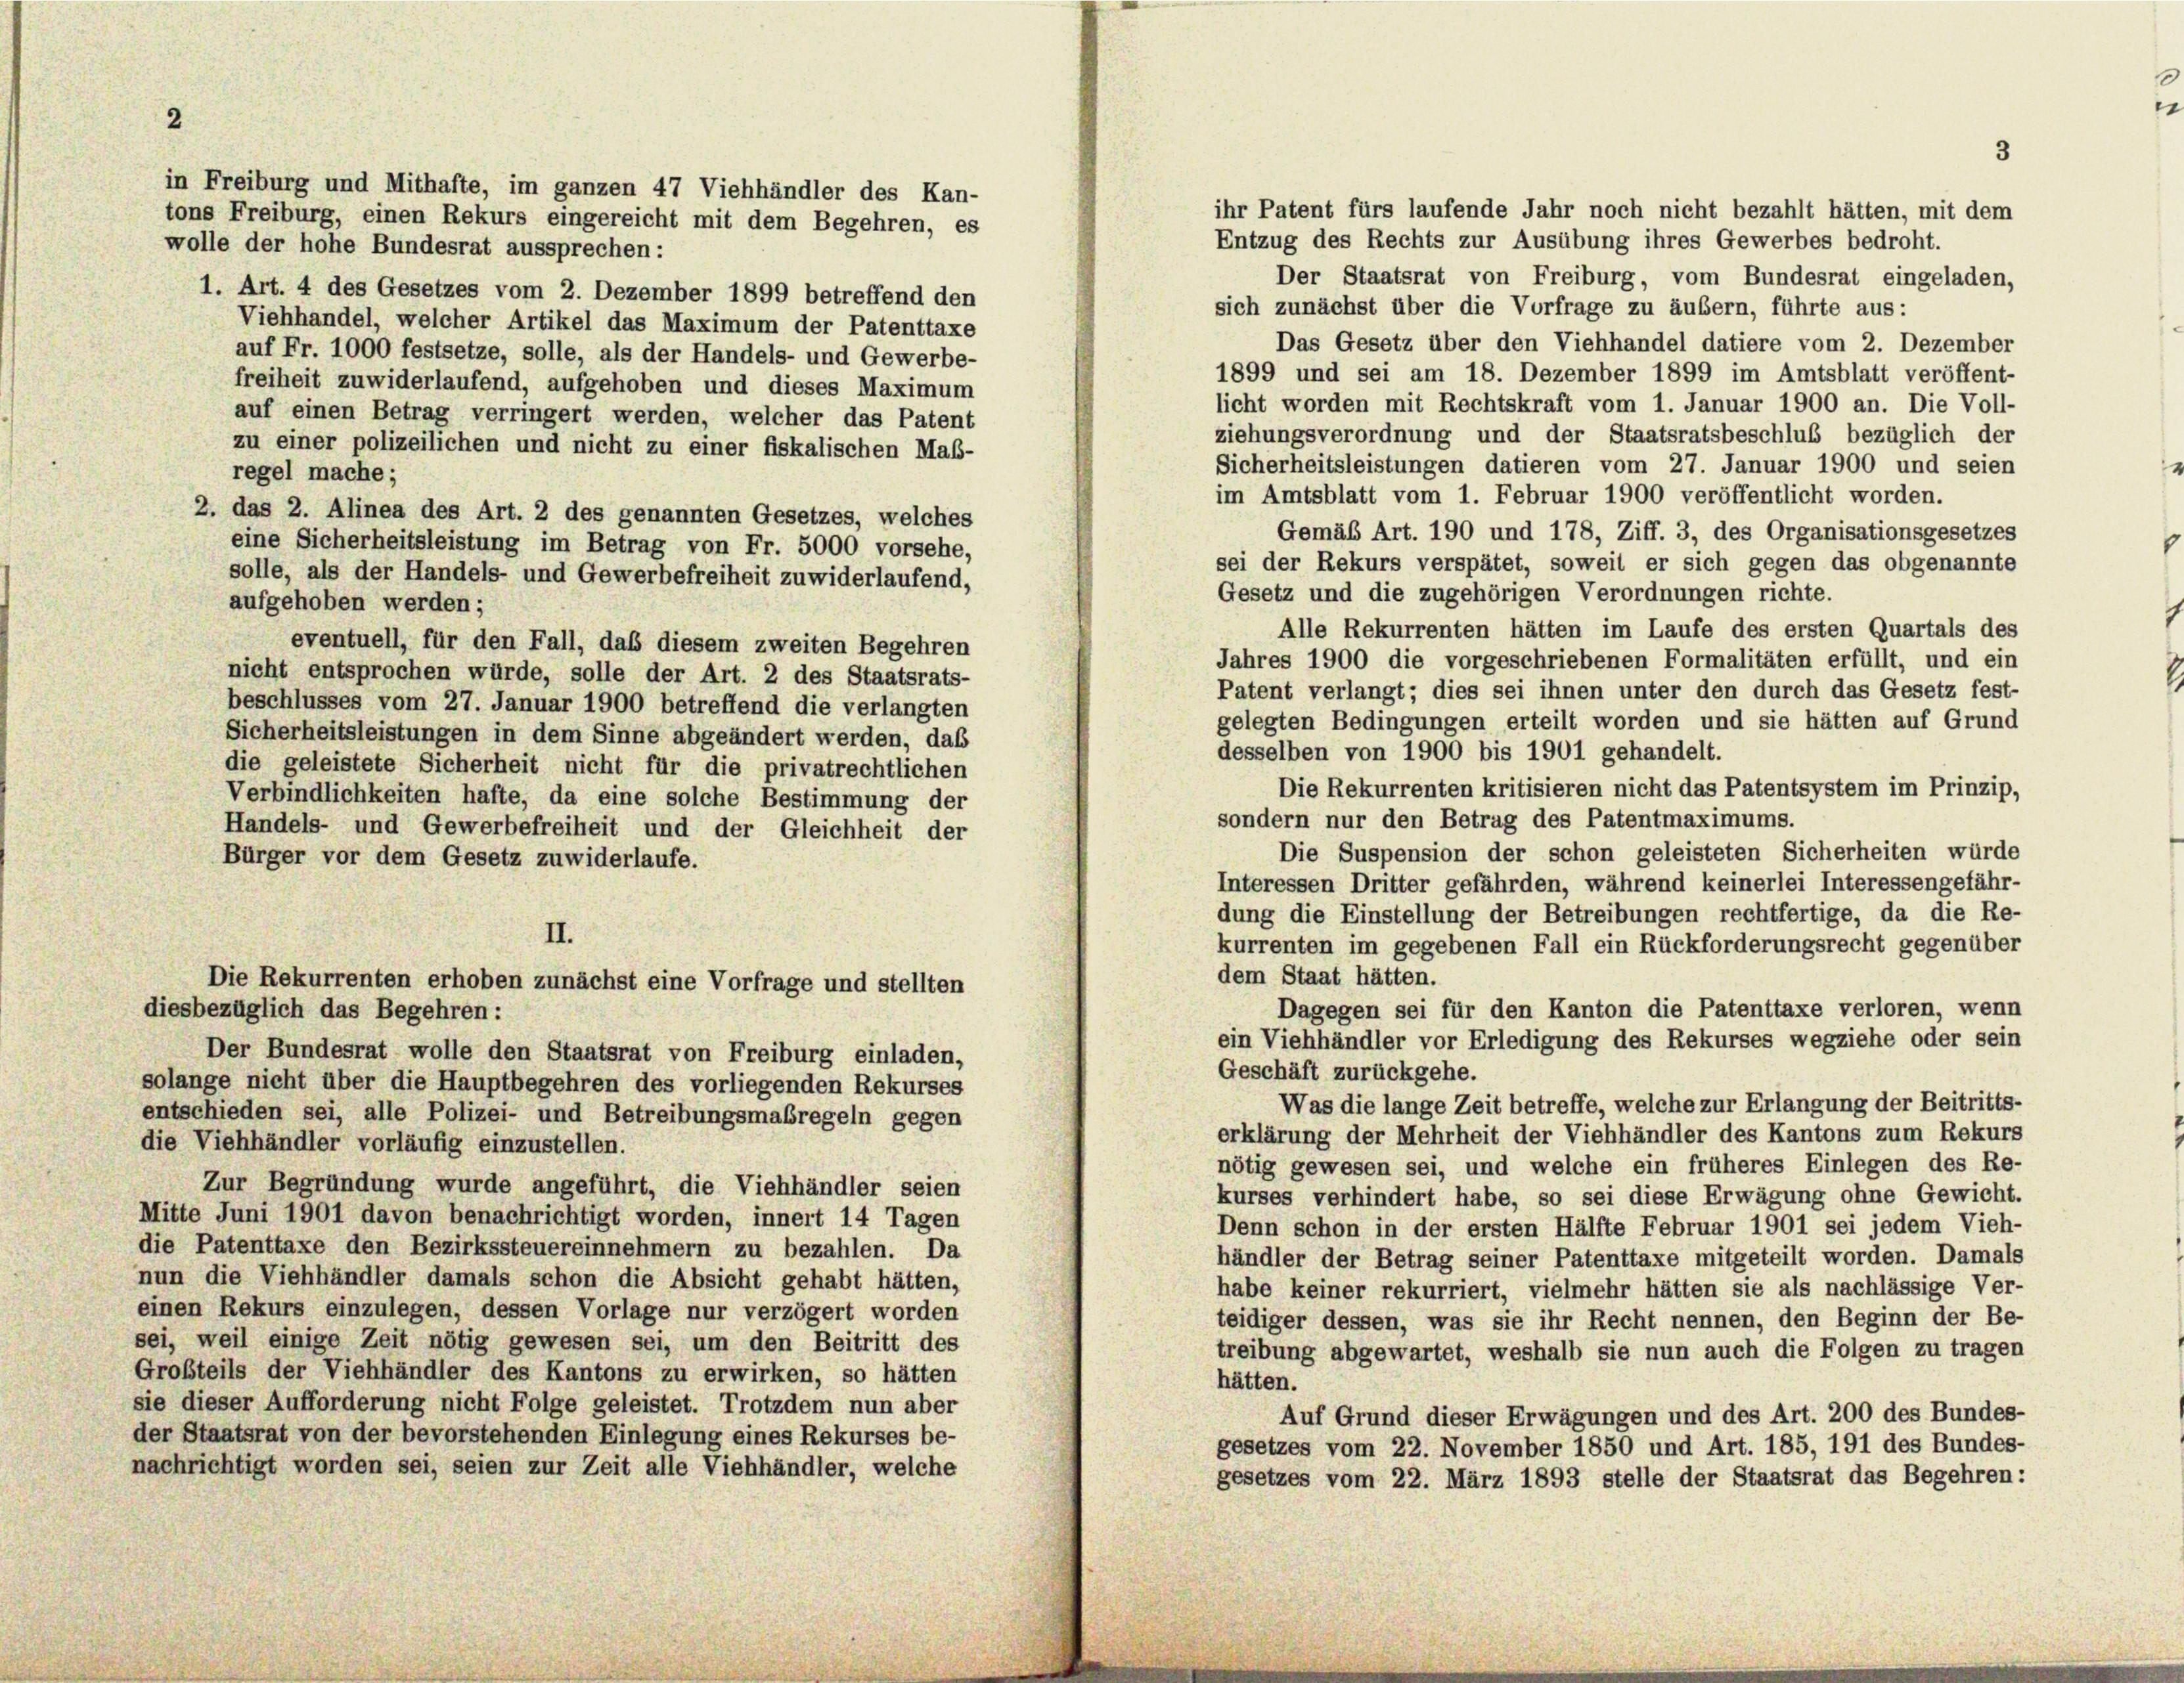
ihr Patent fürs laufende Jahr noch nicht bezahlt hätten, mit dem
Entzug des Rechts zur Ausübung ihres Gewerbes bedroht.
Der Staatsrat von Freiburg, vom Bundesrat eingeladen,
1. Art. 4 des Gesetzes vom 2. Dezember 1899 betreffend den
sich zunächst über die Vorfrage zu äußern, führte aus:
Viehhandel, welcher Artikel das Maximum der Patenttaxe
Das Gesetz über den Viehhandel datiere vom 2. Dezember
auf Fr. 1000 festsetze, solle, als der Handels- und Gewerbe-
1899 und sei am 18. Dezember 1899 im Amtsblatt veröffent-
freiheit zuwiderlaufend, aufgehoben und dieses Maximum
licht worden mit Rechtskraft vom 1. Januar 1900 an. Die Voll-
auf einen Betrag verringert werden, welcher das Patent
ziehungsverordnung und der Staatsratsbeschluß bezüglich der
zu einer polizeilichen und nicht zu einer fiskalischen Maß-
Sicherheitsleistungen datieren vom 27. Januar 1900 und seien
regel mache;
im Amtsblatt vom 1. Februar 1900 veröffentlicht worden.
2. das 2. Alinea des Art. 2 des genannten Gesetzes, welches
Gemäß Art. 190 und 178, Ziff. 3, des Organisationsgesetzes
eine Sicherheitsleistung im Betrag von Fr. 5000 vorsehe,
sei der Rekurs verspätet, soweil er sich gegen das obgenannte
solle, als der Handels- und Gewerbefreiheit zuwiderlaufend,
Gesetz und die zugehörigen Verordnungen richte.
aufgehoben werden;
Alle Rekurrenten hätten im Laufe des ersten Quartals des
eventuell, für den Fall, daß diesem zweiten Begehren
Jahres 1900 die vorgeschriebenen Formalitäten erfüllt, und ein
nicht entsprochen würde, solle der Art. 2 des Staatsrats-
Patent verlangt; dies sei ihnen unter den durch das Gesetz fest-
beschlusses vom 27. Januar 1900 betreffend die verlangten
gelegten Bedingungen erteilt worden und sie hätten auf Grund
Sicherheitsleistungen in dem Sinne abgeändert werden, daß
desselben von 1900 bis 1901 gehandelt.
die geleistete Sicherheit nicht für die privatrechtlichen
Die Rekurrenten kritisieren nicht das Patentsystem im Prinzip,
Verbindlichkeiten hafte, da eine solche Bestimmung der
sondern nur den Betrag des Patentmaximums.
Handels- und Gewerbefreiheit und der Gleichheit der
Die Suspension der schon geleisteten Sicherheiten würde
Bürger vor dem Gesetz zuwiderlaufe.
Interessen Dritter gefährden, während keinerlei Interessengefähr-
dung die Einstellung der Betreibungen rechtfertige, da die Re-
II.
kurrenten im gegebenen Fall ein Rückforderungsrecht gegenüber
dem Staat hätten.
Die Rekurrenten erhoben zunächst eine Vorfrage und stellten
Dagegen sei für den Kanton die Patenttaxe verloren, wenn
diesbezüglich das Begehren:
ein Viehhändler vor Erledigung des Rekurses wegziehe oder sein
Der Bundesrat wolle den Staatsrat von Freiburg einladen,
Geschäft zurückgehe.
solange nicht über die Hauptbegehren des vorliegenden Rekurses
Was die lange Zeit betreffe, welche zur Erlangung der Beitritts-
entschieden sei, alle Polizei- und Betreibungsmaßregeln gegen
erklärung der Mehrheit der Viehhändler des Kantons zum Rekurs
die Viehhändler vorläufig einzustellen.
nötig gewesen sei, und welche ein früheres Einlegen des Re-
Zur Begründung wurde angeführt, die Viehhändler seien
kurses verhindert habe, so sei diese Erwägung ohne Gewicht.
Mitte Juni 1901 davon benachrichtigt worden, innert 14 Tagen
Denn schon in der ersten Hälfte Februar 1901 sei jedem Vieh-
die Patenttaxe den Bezirkssteuereinnehmern zu bezahlen. Da
händler der Betrag seiner Patenttaxe mitgeteilt worden. Damals
nun die Viehhändler damals schon die Absicht gehabt hätten,
habe keiner rekurriert, vielmehr hätten sie als nachlässige Ver-
einen Rekurs einzulegen, dessen Vorlage nur verzögert worden
teidiger dessen, was sie ihr Recht nennen, den Beginn der Be-
sei, weil einige Zeit nötig gewesen sei, um den Beitritt des
treibung abgewartet, weshalb sie nun auch die Folgen zu tragen
Großteils der Viehhändler des Kantons zu erwirken, so hätten
hätten.
sie dieser Aufforderung nicht Folge geleistet. Trotzdem nun aber
Auf Grund dieser Erwägungen und des Art. 200 des Bundes-
der Staatsrat von der bevorstehenden Einlegung eines Rekurses be-
gesetzes vom 22. November 1850 und Art. 185, 191 des Bundes-
nachrichtigt worden sei, seien zur Zeit alle Viehhändler, welche
gesetzes vom 22. März 1893 stelle der Staatsrat das Begehren:

in Freiburg und Mithafte, im ganzen 47 Viehhändler des Kan-
tons Freiburg, einen Rekurs eingereicht mit dem Begehren, es
wolle der hohe Bundesrat aussprechen: